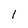
Character: l